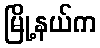
မြို့နယ်က